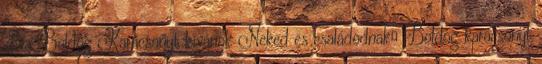
Éva Boldog Karácsonyt kívánok Neked és családodnak♥ Boldog karácsonyt